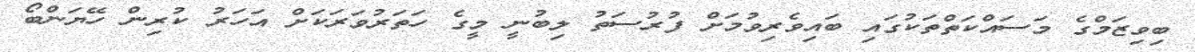
ބިވިޒަމްގެ މަސައްކަތްތަކުގައި ބައިވެރިވުމަށް ފުރުސަތު ލިބުނީ މީގެ ހަތަރުވަރަކަށް އަހަރު ކުރިން ހޭޔަންބޯ